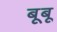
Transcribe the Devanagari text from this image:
बूबू